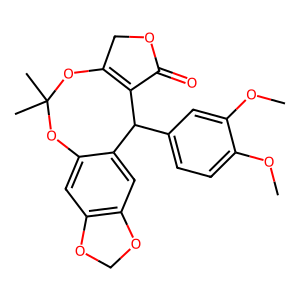
SMILES: COc1ccc(C2C3=C(COC3=O)OC(C)(C)Oc3cc4c(cc32)OCO4)cc1OC
Inhibits HIV replication: No